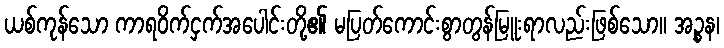
ယစ်ကုန်သော ကာရဝိက်ငှက်အပေါင်းတို့၏ မပြတ်ကောင်းစွာတွန်မြူးရာလည်းဖြစ်သော။ အဉ္စန၊